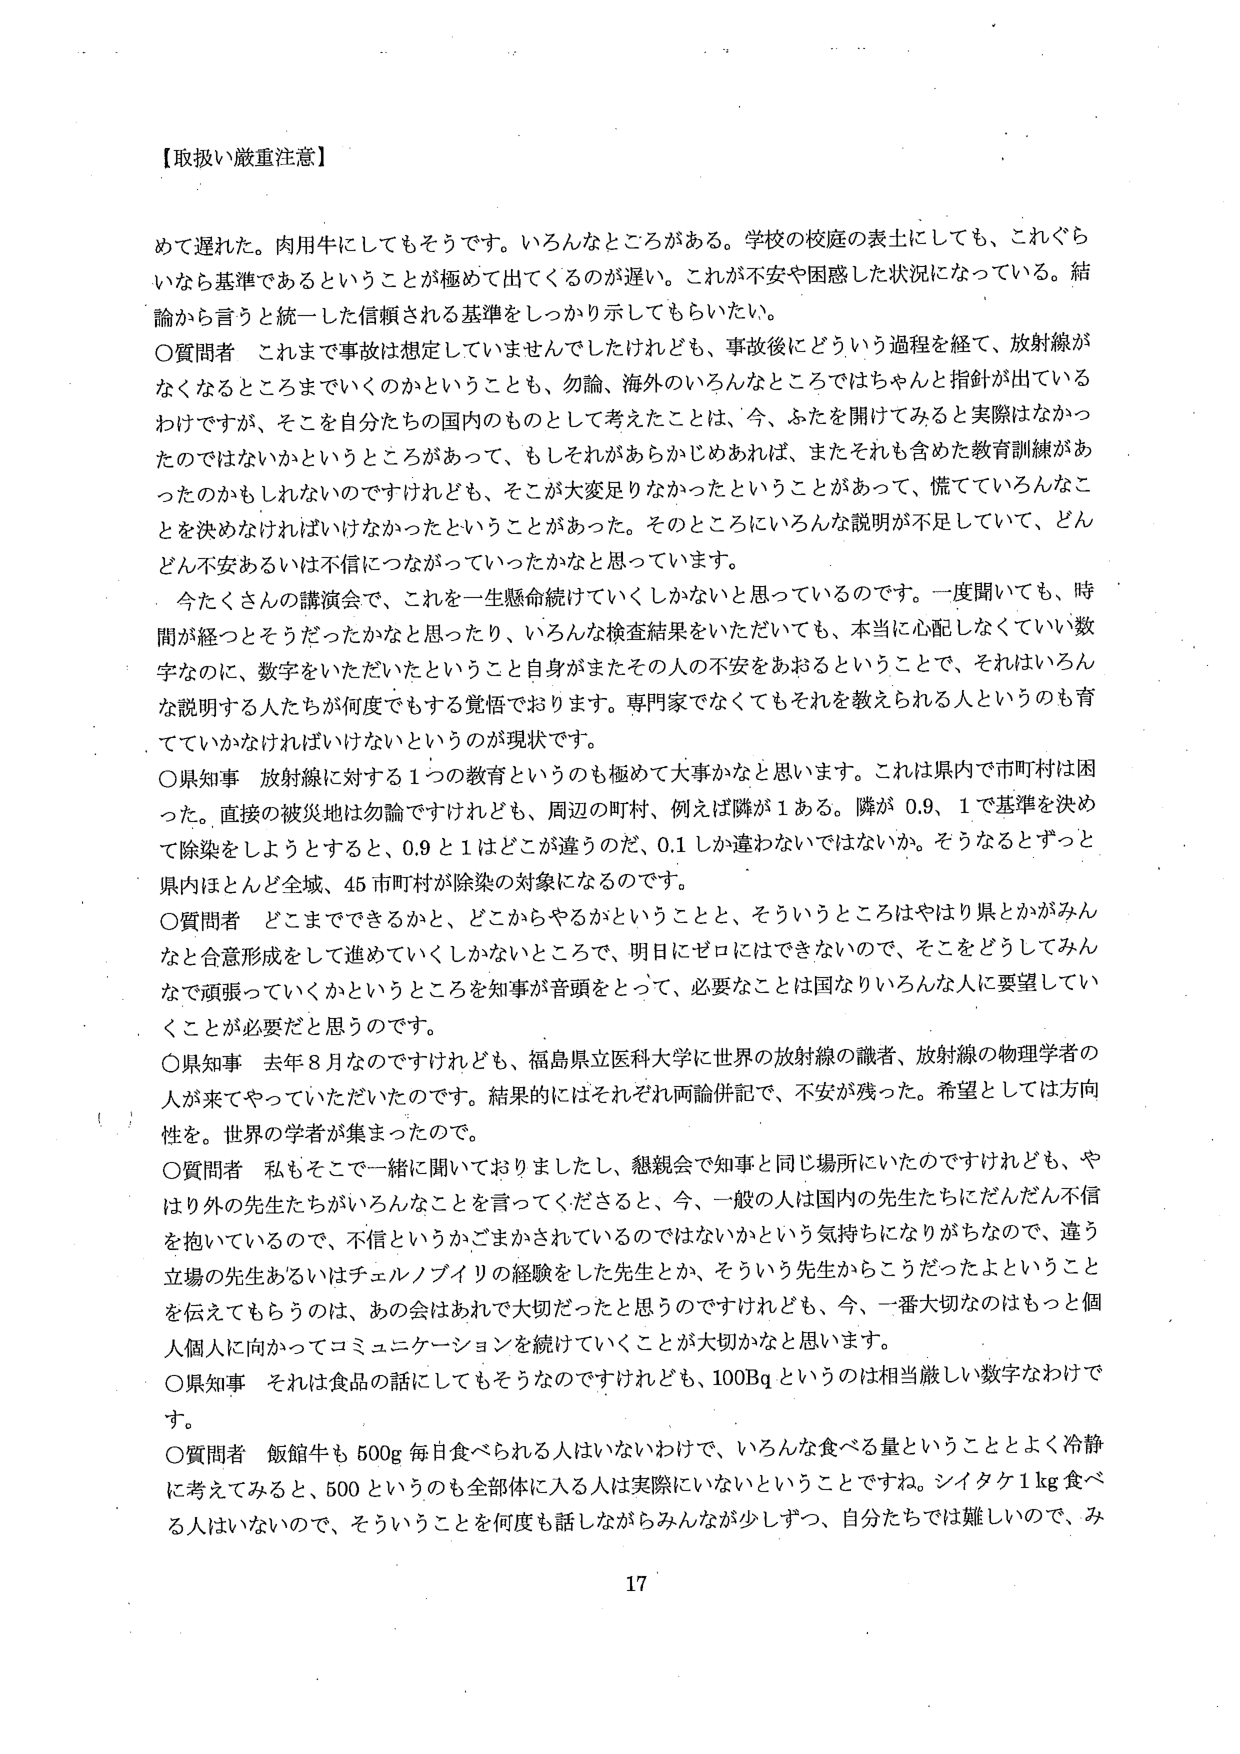
【取扱い厳重注意】

めて遅れた。肉用牛にしてもそうです。いろんなところがある。学校の校庭の表土にしても、これぐらいなら基準であるということが極めて出てくるのが遅い。これが不安や困惑した状況になっている。結論から言うと統一した信頼される基準をしっかり示してもらいたい。

〇質問者　これまで事故は想定していませんでしたけれども、事故後にどういう過程を経て、放射線がなくなるところまでいくのかということも、勿論、海外のいろんなところではちゃんと指針が出ているわけですが、そこを自分たちの国内のものとして考えたことは、今、ふたを開けてみると実際はなかったのではないかというところがあって、もしそれがあらかじめあれば、またそれも含めた教育訓練があったのかもしれないのですけれども、そこが大変足りなかったということがあって、慌てているんなことを決めなければいけなかったということがあった。そのところにいろんな説明が不足していて、どんどん不安あるいは不信につながっていったかなと思っています。

今たくさんの講演会で、これを一生懸命続けていくしかないと思っているのです。一度聞いても、時間が経つとそうだったかなと思ったり、いろんな検査結果をいただいても、本当に心配しなくていい数字なのに、数字をいただいたというご自身がまたその人の不安をあおるということで、それはいろんな説明する人たちが何度でもする覚悟でおります。専門家でなくてもそれを教えられる人というのも育てていかなければならないというのが現状です。

〇県知事　放射線に対する１つの教育というのも極めて大事かなと思います。これは県内で市町村は困った。直接の被災地は勿論ですけれども、周辺の町村、例えば隣が１ある。隣が０.９、１で基準を決めて除染をしようとするとき、０.９と１はどこが違うのだ、０.１しか違わないではないか。そうなるとずっと県内ほとんど全域、４５市町村が除染の対象になるのです。

〇質問者　どこまでできるかと、どこからやるかということと、そういうところはやはり県とかがみんなと合意形成をして進めていくしかないところで、明日にゼロにはできないので、そこをどうしてみんなで頑張っていくかというところを知事が音頭をとって、必要なことは国なりいろんな人に要望していくことが必要だと思うのです。

〇県知事　去年８月なのですけれども、福島県立医科大学に世界の放射線の識者、放射線の物理学者の人々が来てやっていただいたのです。結果的にはそれぞれ両論併記で、不安が残った。希望としては方向性を。世界の学者が集まったので。

〇質問者　私もそこで一緒に聞いておりましたし、懇親会で知事と同じ場所にいたのですけれども、やはり外の先生たちがいろんなことを言ってくださると、今、一般の人は国内の先生たちにだんだん不信を抱いているので、不信というかごまかされているのではないかという気持ちになりがちなので、違う立場の先生あるいはチェルノブイリの経験をした先生とか、そういう先生からこうだったよということを伝えてもらうのは、あの会はあれで大切だったと思うのですけれども、今、一番大切なのはもっと個人個人に向かってコミュニケーションを続けていくことが大切かなと思います。

〇県知事　それは食品の話にしててもそうなのですけれども、１００Ｂｑというのは相当厳しい数字なわけです。

〇質問者　飯館牛も５００ｇ毎日食べられる人はいないわけで、いろんな食べる量ということとよく冷静に考えてみると、５００というのも全部体に入る人は実際いないということですね。シイタケ１ｋｇ食べる人はいないので、そういうことを何度も話しながらみんなが少しずつ、自分たちでは難しいので、み

17